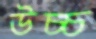
উচ্চ